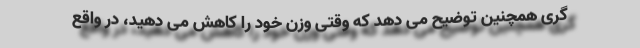
گری همچنین توضیح می‌ دهد که وقتی وزن خود را کاهش می‌ دهید، در واقع